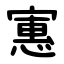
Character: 寭